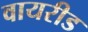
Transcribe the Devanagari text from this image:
वायरीड